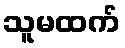
သူမထက်